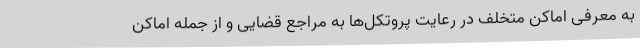
به معرفی اماکن متخلف در رعایت پروتکل‌ها به مراجع قضایی و از جمله اماکن